Report of veterinary surgeon J.H. Steel, A.V.D., on his investigation into an obscure and fatal disease among transport mules in British Burma
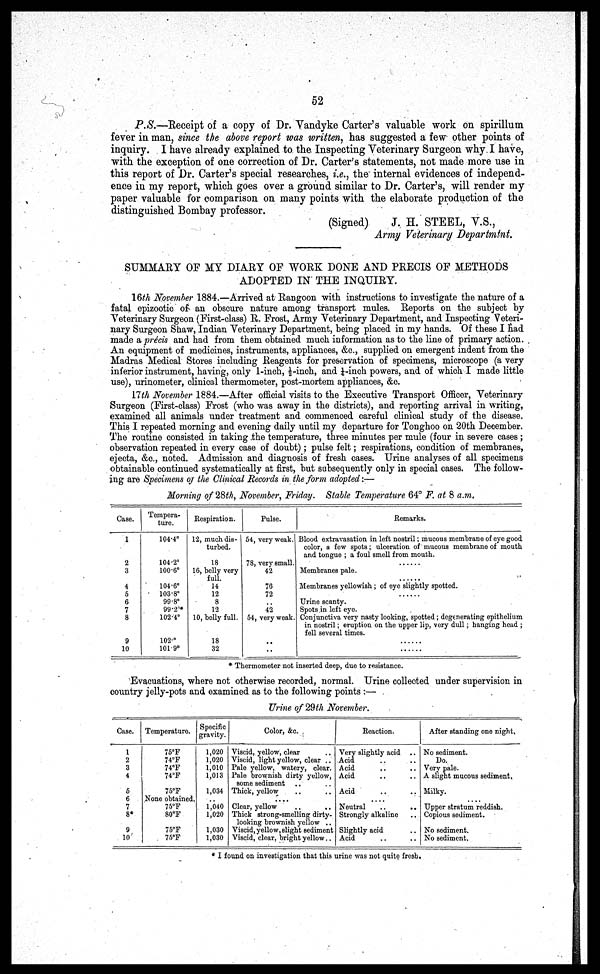
52
P.S.—Receipt of a copy of Dr. Vandyke Carter's valuable work on spirillum
fever in man, since the above report was written, has suggested a few other points of
inquiry. I have already explained to the Inspecting Veterinary Surgeon why I have,
with the exception of one correction of Dr. Carter's statements, not made more use in
this report of Dr. Carter's special researches, i.e., the internal evidences of independ-
ence in my report, which goes over a ground similar to Dr. Carter's, will render my
paper valuable for comparison on many points with the elaborate production of the
distinguished Bombay professor.
(Signed)
J. H. STEEL, Y.S.,
Army Veterinary Departmtnt.
SUMMARY OF MY DIARY OP WORK DONE AND PRECIS OF METHODS
ADOPTED IN THE INQUIRY.
16th November 1884.—Arrived at Rangoon with instructions to investigate the nature of a
fatal epizootic of an obscure nature among transport mules. Reports on the subject by
Veterinary Surgeon (First-class) R. Frost, Army Veterinary Department, and Inspecting Veteri-
nary Surgeon Shaw, Indian Veterinary Department, being placed in my hands. Of these I had
made a precis and had from them obtained much information as to the line of primary action.
An equipment of medicines, instruments, appliances, &c., supplied on emergent indent from the
Madras Medical Stores including Reagents for preservation of specimens, microscope (a very
inferior instrument, having, only 1-inch, 1/2-inch, and 1/4-inch powers, and of which I made little
use), urinometer, clinical thermometer, post-mortem appliances, &c.
17th November 1884.—After official visits to the Executive Transport Officer, Veterinary
Surgeon (First-class) Frost (who was away in the districts), and reporting arrival in writing,
examined all animals under treatment and commenced careful clinical study of the disease.
This I repeated morning and evening daily until my departure for Tonghoo on 20th December.
The routine consisted in taking the temperature, three minutes per mule (four in severe cases ;
observation repeated in every case of doubt); pulse felt; respirations, condition of membranes,
ejecta, &c., noted. Admission and diagnosis of fresh cases. Urine analyses of all specimens
obtainable continued systematically at first, but subsequently only in special cases. The follow-
ing are Specimens oj the Clinical Records in the form adopted:—
Morning of 28th, November, Friday. Stable Temperature 64° F. at 8 a.m.
Case.
1
2
3
4
5
6
7
8
9
10
Tempera-
ture.
104.4°
104.2°
100.6°
104.6°
103.8°
99.8°
99.2°
102.4°
102.°
101 9°
Respiration.
Pulse.
12, much dis-
turbed.
18
16, belly very
full.
14
12
8
12
10, belly full.
18
32
54, very weak.
78, very small.
42
76
72
42
54, very weak.
..
..
Remarks.
Blood extravasation in left nostril; mucous membrane of eye good
color, a few spots ; ulseration of mucous membrane of mouth
and tongue ; a foul smell from mouth.
......
Membranes pale.
Membranes yellowish; of eye slightly spotted.
Urine scanty.
Spots in left eye.
Conjunctiva very nasty looking, spotted; degenerating epithelium
in nostril; eruption on the upper lip, very dull; hanging head ;
fell several times.
* Thermometer not inserted deep, due to resistance.
Evacuations, where not otherwise recorded, normal. Urine collected under supervision in
country jelly-pots and examined as to the following points :—
Urine of 29th November.
Case.
1
2
3
4
5
6
7
8*
9
10
Temperature.
75°F
74°F
74°F
74°F
75°F
None obtained,
75°F
80°F
75°F
75°F
Specific
gravity.
1,020
1,020
1,010
1,013
1,034
1,040
1,020
1,030
1,030
Color, &c.
Viscid, yellow, clear
Viscid, light yellow, clear ..
Pale yellow, watery, clear.
Pale brownish dirty yellow,
some sediment
Thick, yellow
Clear, yellow
Thick strong-smelling dirty-
looking brownish yellow ..
Viscid, yellow, slight sediment
Viscid, clear, bright yellow..
Reaction.
Very slightly acid ..
Acid.
Acid
..
..
Acid
Acid
....
Neutral
..
..
Strongly alkaline
Slightly acid
Acid
After standing one night.
No sediment.
Do.
Very pale.
A slight mucous sediment.
Milky.
Upper stratum reddish.
Copious sediment.
No sediment.
No sediment.
* I found on investigation that this urine was not quite fresh.